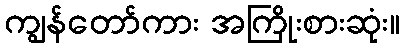
ကျွန်တော်ကား အကြိုးစားဆုံး။